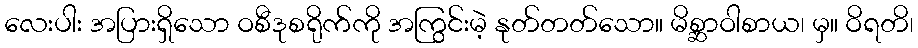
လေးပါး အပြားရှိသော ဝစီဒုစရိုက်ကို အကြွင်းမဲ့ နုတ်တတ်သော။ မိစ္ဆာဝါစာယ၊ မှ။ ဝိရတိ၊